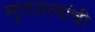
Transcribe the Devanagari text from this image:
मुलतत्वांची